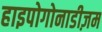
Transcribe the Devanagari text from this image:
हाइपोगोनाडीज़म